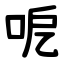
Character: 呝